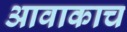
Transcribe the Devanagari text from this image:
आवाकाच